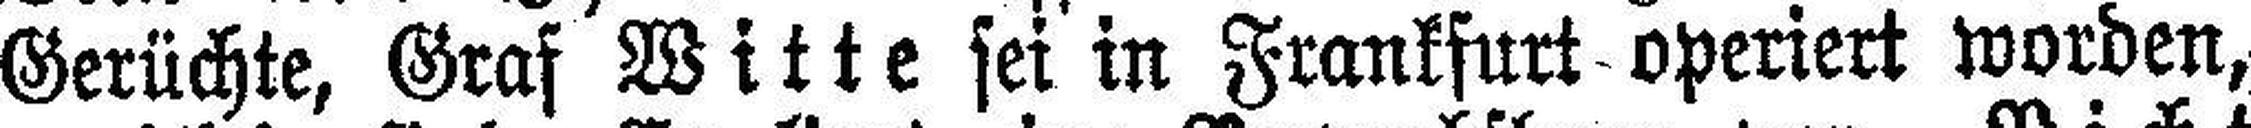
Gerüchte, Graf Witte sei in Frankfurt operiert worden,